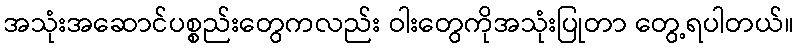
အသုံးအဆောင်ပစ္စည်းတွေကလည်း ဝါးတွေကိုအသုံးပြုတာ တွေ့ရပါတယ်။